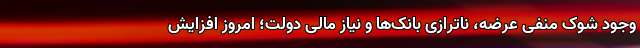
وجود شوک منفی عرضه، ناترازی بانک‌ها و نیاز مالی دولت؛ امروز افزایش